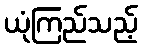
ယုံကြည်သည့်